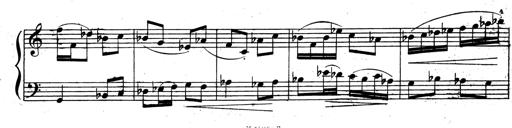
Title: 3 Sonatinas for Piano
Composer: Vissarion Shebalin